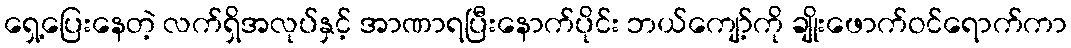
ရှေ့ပြေးနေတဲ့ လက်ရှိအလုပ်နှင့် အာဏာရပြီးနောက်ပိုင်း ဘယ်ကျော့်ကို ချိုးဖောက်ဝင်ရောက်ကာ